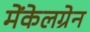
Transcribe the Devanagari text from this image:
मेंकेलग्रेन